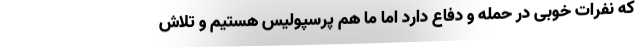
که نفرات خوبی در حمله و دفاع دارد اما ما هم پرسپولیس هستیم و تلاش